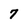
Character: 7